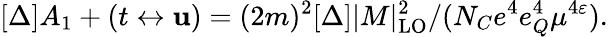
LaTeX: [\Delta]A_{1}+(t\leftrightarrow\mathbf{u})=(2m)^{2}[\Delta]|M|_{\mathrm{{LO}}}^{2}/(N_{C}e^{4}e_{Q}^{4}\mu^{4\varepsilon}).